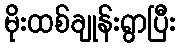
မိုးထစ်ချုန်းရွာပြီး